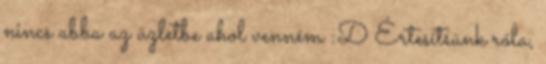
nincs abba az üzletbe ahol venném :D Értesítsünk róla,